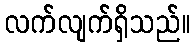
လက်လျက်ရှိသည်။